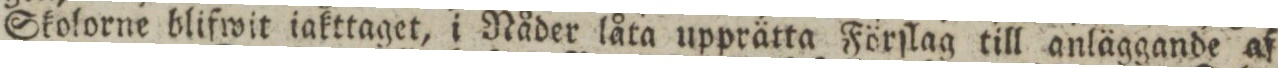
Skolorne blifwit iakttaget, i Nåder låta upprätta Förſlag till anläggande af